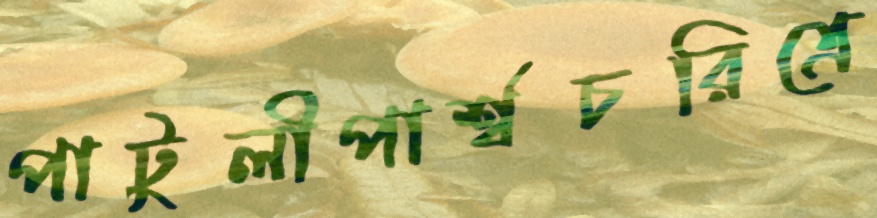
পাটুলীপার্শ্বচরিত্রে